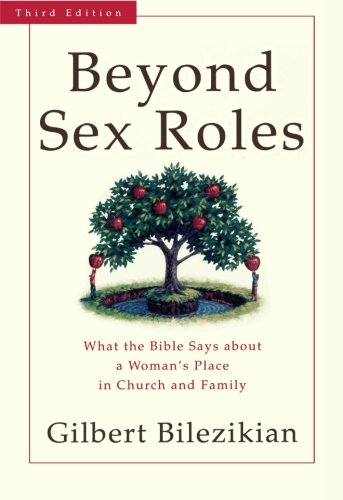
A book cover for Beyond Sex Roles: What the Bible Says about a Woman's Place in Church and Family; Gilbert Bilezikian; Religion & Spirituality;